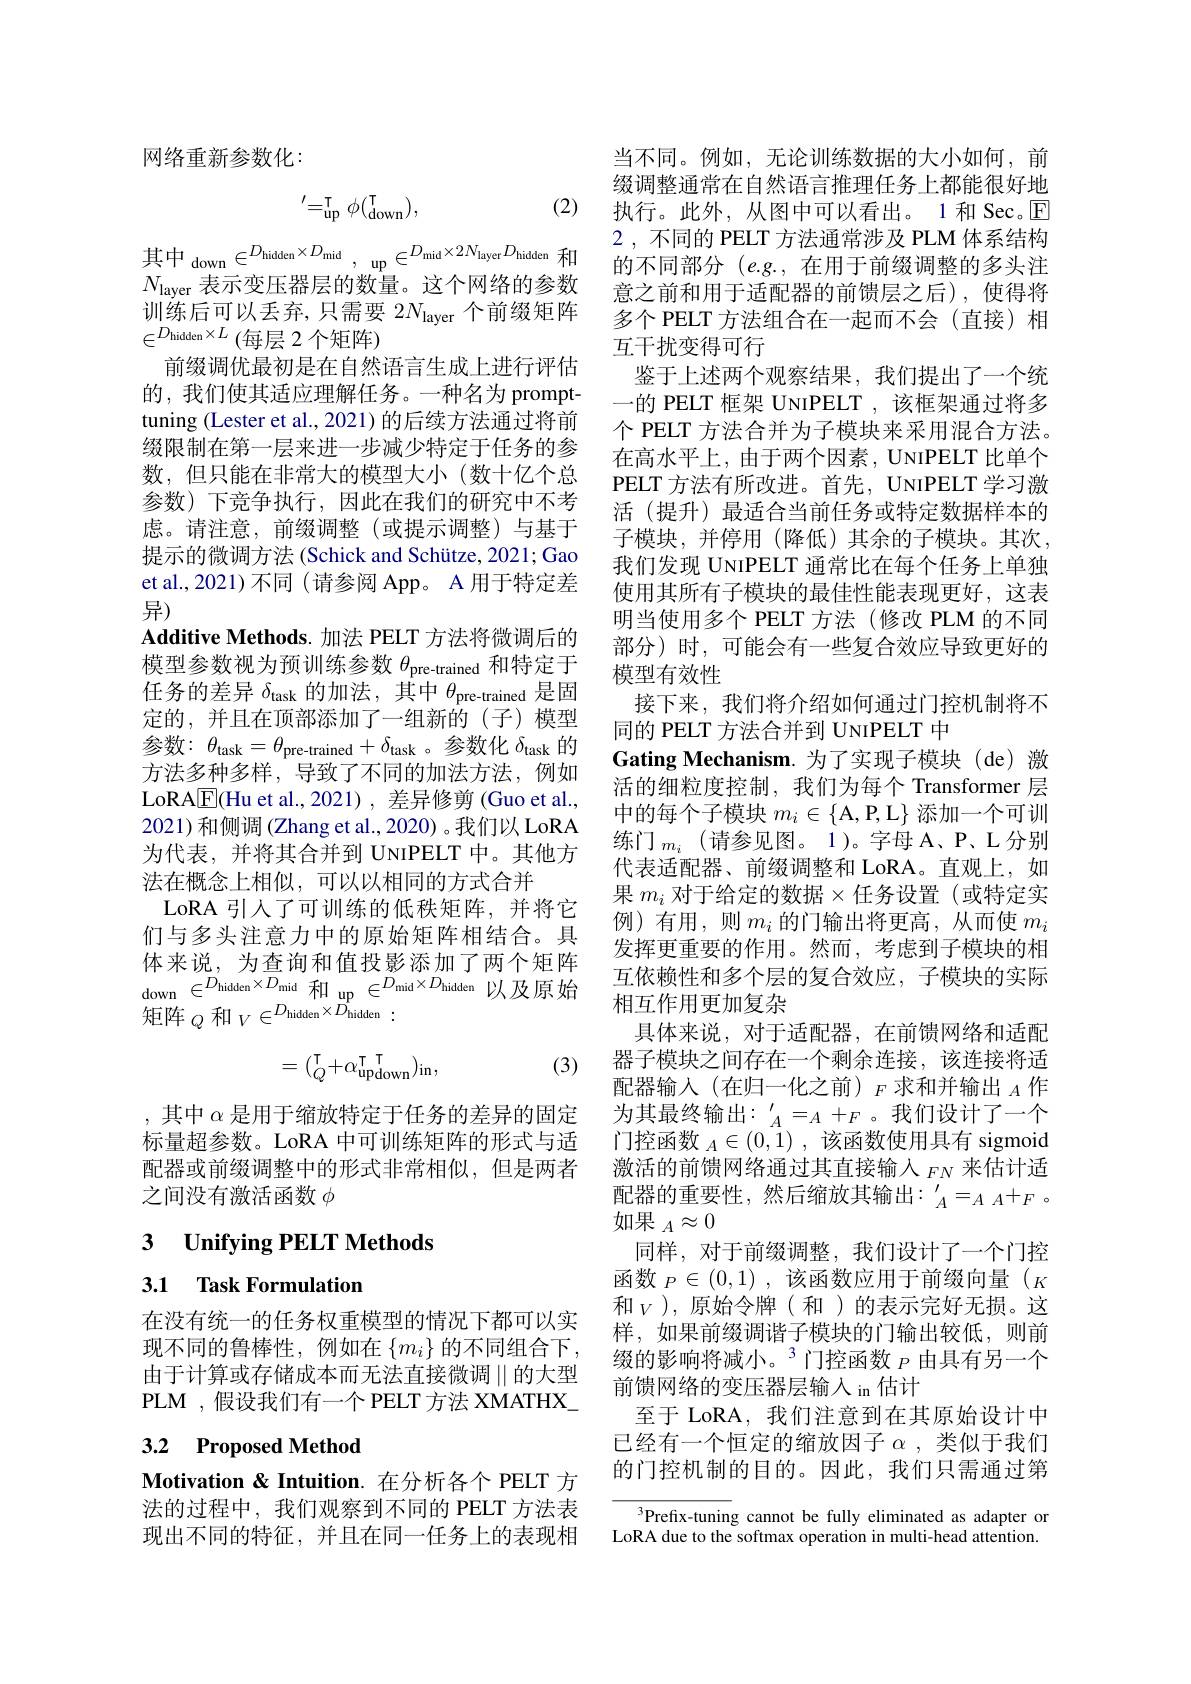
网络重新参数化：

(2)
$$^{\prime}=_{\mathrm{up}}^{\mathrm{T}}\phi(_{\mathrm{down}}^{\mathrm{T}}),$$
其中$_{\mathrm{down}}\in D_{\mathrm{hidden}}\times D_{\mathrm{mid}}$,up$\in^{D_{\mathrm{mid}}\times2N_{\mathrm{layer}}D_{\mathrm{hidden}}}$和$N_{\mathrm{layer}}$表示变压器层的数量。这个网络的参数训练后可以丢弃，只需要 2$N_\mathrm{layer}$个前缀矩阵$\in^{D_{\mathrm{hidden}}\times L}\left(\text{每层 2 个矩阵}\right)$
前缀调优最初是在自然语言生成上进行评估的，我们使其适应理解任务。一种名为 prompttuning (Lester et al., 2021) 的后续方法通过将前缀限制在第一层来进一步减少特定于任务的参数，但只能在非常大的模型大小(数十亿个总参数)下竞争执行，因此在我们的研究中不考虑。请注意，前缀调整(或提示调整)与基于提示的微调方法 (Schick and Schütze, 2021; Gao et al., 2021) 不同 (请参阅 App。A 用于特定差异)
Additive Methods. 加法 PELT 方法将微调后的模型参数视为预训练参数$\theta_\mathrm{pre-trained}$和特定于任务的差异$\delta_\mathrm{task}$的加法，其中$\theta_\mathrm{pre-trained}$是固定的，并且在顶部添加了一组新的(子)模型参数：$\theta_\mathrm{task}=\theta_\mathrm{pre-trained}+\delta_\mathrm{task}$ 。参数化$\delta_\mathrm{task}$的方法多种多样，导致了不同的加法方法，例如LoRA$\underline{\mathrm{E}}($Hu et al.,2021) , 差异修剪 (Guo et al., 2021)和侧调(Zhang et al., 2020)。我们以 LoRA 为代表，并将其合并到 UNIPELT 中。其他方法在概念上相似，可以以相同的方式合并
LoRA 引入了可训练的低秩矩阵，并将它们与多头注意力中的原始矩阵相结合。具体来说，为查询和值投影添加了两个矩阵$\begin{aligned} & \text{体 未 况 , 为 查 调 和 值 投 影 你 加 亅 网 个 矩 阵 }\\ & \mathrm{down}\in ^{D_{\mathrm{hidden}}\times D_{\mathrm{mid}}\text{ 和 up }\in ^{D_{\mathrm{mid}}\times D_{\mathrm{hidden}}}\text{ 以 及 原 始 }\:\text{互 依 赖 性 和 多 个 层 的 复 合 效 应 , 子 模 块 的 实 际 }\\ }\text{相 互 作 用 更 加 复 杂 }\end{aligned} {\text{ 相 互 作 用 更 加 复 杂 }}\\$down$\in ^{D_{\mathrm{hidden}}\times D_{\mathrm{mid}}}$和 up $\in ^{D_{\mathrm{mid}}\times D_{\mathrm{hidden}}}$ 以 及 原 始 相 互 作 用 更 加 复 杂
矩阵$_Q\text{ 和 }_V\in^{D_{\mathrm{hidden}}\times D_{\mathrm{hidden}}}:$

(3)
$$=(_Q^\intercal+\alpha_{\mathrm{updown}}^\intercal)_{\mathrm{in}},$$
,其中$\alpha$是用于缩放特定于任务的差异的固定标量超参数。LoRA 中可训练矩阵的形式与适配器或前缀调整中的形式非常相似，但是两者之间没有激活函数$\phi$

3 $\textbf{Unifying PELT Methods}$

3.1 Task Formulation

在没有统一的任务权重模型的情况下都可以实现不同的鲁棒性，例如在$\left\{m_i\right\}$的不同组合下， 由于计算或存储成本而无法直接微调$\left|\right|$的大型PLM ,假设我们有一个 PELT 方法 XMATHX\_

# 3.2 Proposed Method

Motivation & Intuition. 在分析各个 PELT 方法的过程中，我们观察到不同的 PELT 方法表现出不同的特征，并且在同一任务上的表现相

当不同。例如，无论训练数据的大小如何，前缀调整通常在自然语言推理任务上都能很好地执行。此外，从图中可以看出。1 和 Sec。$\overline{\mathrm{E}}$ 2 , 不同的 PELT 方法通常涉及 PLM 体系结构的不同部分$(e.g.$,在用于前缀调整的多头注意之前和用于适配器的前馈层之后),使得将多个 PELT 方法组合在一起而不会(直接)相互干扰变得可行
鉴于上述两个观察结果，我们提出了一个统一的 PELT 框架 UNIPELT ,该框架通过将多个 PELT 方法合并为子模块来采用混合方法。在高水平上，由于两个因素，UNIPELT 比单个PELT 方法有所改进。首先，UNIPELT 学习激活(提升)最适合当前任务或特定数据样本的子模块，并停用(降低)其余的子模块。其次， 我们发现 UNIPELT 通常比在每个任务上单独使用其所有子模块的最佳性能表现更好，这表明当使用多个 PELT 方法(修改 PLM 的不同部分)时，可能会有一些复合效应导致更好的模型有效性
接下来，我们将介绍如何通过门控机制将不
同的 PELT 方法合并到 UNIPELT 中
Gating Mechanism.为了实现子模块(de)激活的细粒度控制，我们为每个 Transformer 层中的每个子模块$m_i\in \{$A, P, L$\}$添加一个可训练门$_m_i$(请参见图。1)。字母 A、P、L 分别代表适配器、前缀调整和 LoRA。直观上，如果 $m_i$ 对于给定的数据$\times$任务设置(或特定实例)有用，则$m_i$的门输出将更高，从而使$m_i$ 发挥更重要的作用。然而，考虑到子模块的相相互作用更加复杂
具体来说，对于适配器，在前馈网络和适配器子模块之间存在一个剩余连接，该连接将适配器输入(在归一化之前)$_F\text{求和并输出}_A$作为其最终输出：$^\prime_A=_A+_F$。我们设计了一个门控函数$_A\in(0,1)$,该函数使用具有 sigmoid 激活的前馈网络通过其直接输入$_FN$来估计适配器的重要性，然后缩放其输出：$^\prime_A=_AA+_F$。如果$_A\approx0$
同样，对于前缀调整，我们设计了一个门控函数$_P\in(0,1)$,该函数应用于前缀向量($_K$ 和$_V$),原始令牌(和)的表示完好无损。这样，如果前缀调谐子模块的门输出较低，则前缀的影响将减小。$^3$门控函数 $_P$ 由具有另一个前馈网络的变压器层输入 in 估计
至于 LoRA, 我们注意到在其原始设计中已经有一个恒定的缩放因子$\alpha$,类似于我们的门控机制的目的。因此，我们只需通过第

${^3}$Prefix-tuning cannot be fully eliminated as adapter or LoRA due to the softmax operation in multi-head attention.